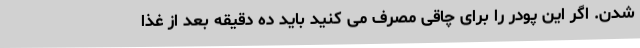
شدن. اگر این پودر را برای چاقی مصرف می کنید باید ده دقیقه بعد از غذا